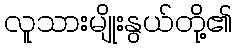
လူသားမျိုးနွယ်တို့၏